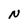
Character: N